Report on horse surra - Volume I
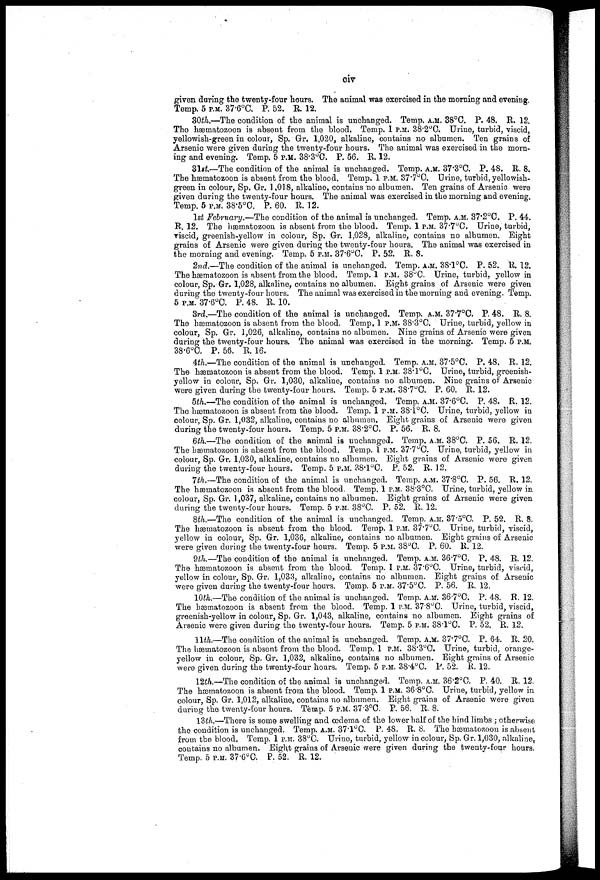
civ
given during the twenty-four hours. The animal was exercised in the morning and evening.
Temp. 5 P.M. 37.6°C. P. 52. R. 12.
30th.—The condition of the animal is unchanged. Temp. A.M. 38°C. P. 48. R. 12.
The hæmatozoon is absent from the blood. Temp. 1 P.M. 38.2°C. Urine, turbid, viscid,
yellowish-green in colour, Sp. Gr. 1,020, alkaline, contains no albumen. Ten grains of
Arsenic were given during the twenty-four hours. The animal was exercised in the morn-
ing and evening. Temp. 5 P.M. 38.3°C. P. 56. R. 12.
31st.—The condition of the animal is unchanged. Temp. A.M. 37.3°C. P. 48. R. 8.
The hæmatozoon is absent from the blood. Temp. 1 P.M. 37.7°C. Urine, turbid, yellowish-
green in colour, Sp. Gr. 1,018, alkaline, contains no albumen. Ten grains of Arsenic were
given during the twenty-four hours. The animal was exercised in the morning and evening.
Temp. 5 P.M. 38.5°C. P. 60. R. 12.
1st February.—The condition of the animal is unchanged. Temp. A.M. 37.2°C. P. 44.
R. 12. The hæmatozoon is absent from the blood. Temp. 1 P.M. 37.7°C. Urine, turbid,
viscid, greenish-yellow in colour, Sp. Gr. 1,028, alkaline, contains no albumen. Eight
grains of Arsenic were given during the twenty-four hours. The animal was exercised in
the morning and evening. Temp. 5 P.M. 37.6°C. P. 52. R. 8.
2nd.—The condition of the animal is unchanged. Temp. A.M. 38.1°C. P. 52. R, 12.
The hæmatozoon is absent from the blood. Temp. 1 P.M. 38°C. Urine, turbid, yellow in
colour, Sp. Gr. 1,028, alkaline, contains no albumen. Eight grains of Arsenic were given
during the twenty-four hours. The animal was exercised in the morning and evening. Temp.
5 P.M. 37.6°C. P. 48. R. 10.
3rd.—The condition of the animal is unchanged. Temp. A.M. 37.7°C. P. 48. R. 8.
The hæmatozoon is absent from the blood. Temp. 1 P.M. 38.3°C. Urine, turbid, yellow in
colour, Sp. Gr. 1,026, alkaline, contains no albumen. Nine grains of Arsenic were given
during the twenty-four hours. The animal was exercised in the morning. Temp. 5 P.M.
38.6°C. P. 56. R. 16.
4th.—The condition of the animal is unchanged. Temp. A.M. 37.5°C. P. 48. R. 12.
The hæmatozoon is absent from the blood. Temp. 1 P.M. 38.1°C. Urine, turbid, greenish-
yellow in colour, Sp. Gr. 1,030, alkaline, contains no albumen. Nine grains of Arsenic
were given during the twenty-four hours. Temp. 5 P.M. 38.7°C. P. 60. R. 12.
5th.—The condition of the animal is unchanged. Temp. A.M. 37.6°C. P. 48. R. 12.
The hæmatozoon is absent from the blood. Temp. 1 P.M. 38.1°C. Urine, turbid, yellow in
colour, Sp. Gr. 1,032, alkaline, contains no albumen. Eight grains of Arsenic were given
during the twenty-four hours. Temp. 5 P.M. 38.2°C. P. 56. R. 8.
6th.—The condition of the animal is unchanged. Temp. A.M. 38°C. P. 56. R. 12.
The hæmatozoon is absent from the blood. Temp. 1 P.M. 37.7°C. Urine, turbid, yellow in
colour, Sp. Gr. 1,030, alkaline, contains no albumen. Eight grains of Arsenic were given
during the twenty-four hours. Temp. 5 P.M. 38.1°C. P. 52. R. 12.
7th.—The condition of the animal is unchanged. Temp. A.M. 37.8ºC. P. 56. R. 12.
The hæmatozoon is absent from the blood. Temp. 1 P.M. 38.3°C. Urine, turbid, yellow in
colour, Sp. Gr. 1,037, alkaline, contains no albumen. Eight grains of Arsenic were given
during the twenty-four hours. Temp. 5 P.M. 38°C. P. 52. R. 12.
8th.—The condition of the animal is unchanged. Temp. A.M. 37.5°C. P. 52. R. 8.
The hæmatozoon is absent from the blood. Temp. 1 P.M. 37.7°C. Urine, turbid, viscid,
yellow in colour, Sp. Gr. 1,036, alkaline, contains no albumen. Eight grains of Arsenic
were given during the twenty-four hours. Temp. 5 P.M. 38°C. P. 60. R. 12.
9th.—The condition of the animal is unchanged. Temp. A.M. 36.7°C. P. 48. R. 12.
The hæmatozoon is absent from the blood. Temp. 1 P.M. 37.6°C. Urine, turbid, viscid,
yellow in colour, Sp. Gr. 1,033, alkaline, contains no albumen. Eight grains of Arsenic
were given during the twenty-four hours. Temp. 5 P.M. 37.5°C. P. 56. R. 12.
10th.—The condition of the animal is unchanged. Temp. A.M. 36.7°C. P. 48. R. 12.
The hæmatozoon is absent from the blood. Temp. 1 P.M. 37.8°C. Urine, turbid, viscid,
greenish-yellow in colour, Sp. Gr. 1,043, alkaline, contains no albumen. Eight grains of
Arsenic were given during the twenty-four hours. Temp. 5 P.M. 38.1°C. P. 52. R. 12.
11th.—The condition of the animal is unchanged. Temp. A.M. 37.7°C. P. 64. R. 20.
The hæmatozoon is absent from the blood. Temp. 1 P.M. 38.3°C. Urine, turbid, orange-
yellow in colour, Sp. Gr. 1,032, alkaline, contains no albumen. Eight grains of Arsenic
were given during the twenty-four hours. Temp. 5 P.M. 38.4°C. P. 52. R. 12.
12th.—The condition of the animal is unchanged. Temp. A.M. 36.2°C. P. 40. R. 12.
The hæmatozoon is absent from the blood. Temp. 1 P.M. 36.8°C. Urine, turbid, yellow in
colour, Sp. Gr. 1,012, alkaline, contains no albumen. Eight grains of Arsenic were given
during the twenty-four hours. Temp. 5 P.M. 37.3°C. P. 56. R. 8.
13th.—There is some swelling and œdema of the lower half of the hind limbs ; otherwise
the condition is unchanged. Temp. A.M. 37.1°C. P. 48. R. 8. The hæmatozoon is absent
from the blood. Temp. 1 P.M. 38°C. Urine, turbid, yellow in colour, Sp. Gr. 1,030, alkaline,
contains no albumen. Eight grains of Arsenic were given during the twenty-four hours.
Temp. 5 P.M. 37.6°C. P. 52. R. 12.